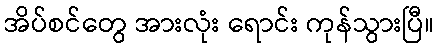
အိပ်စင်တွေ အားလုံး ရောင်း ကုန်သွားပြီ။